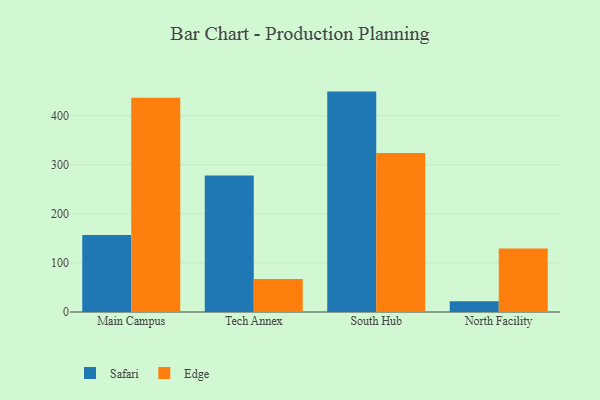
{"axis": {"x": "Campus", "y": "Inventory Turnover"}, "legend": ["Edge", "Safari"], "data": [{"x": "Main Campus", "y": 157.1, "type": "Safari"}, {"x": "Main Campus", "y": 436.6, "type": "Edge"}, {"x": "Tech Annex", "y": 278.3, "type": "Safari"}, {"x": "Tech Annex", "y": 67.4, "type": "Edge"}, {"x": "South Hub", "y": 449.2, "type": "Safari"}, {"x": "South Hub", "y": 324.2, "type": "Edge"}, {"x": "North Facility", "y": 22.1, "type": "Safari"}, {"x": "North Facility", "y": 129.4, "type": "Edge"}]}